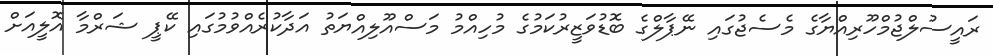
ރައީސުލްޖުމްހޫރިއްޔާގެ މެސެޖުގައި ނޭޕާލްގެ ބޮޑުވަޒީރުކަމުގެ މުހިއްމު މަސްއޫލިއްޔަތު އަދާކުރެއްވުމުގައި ކޭޕީ ޝަރްމާ އޮލީއަށް